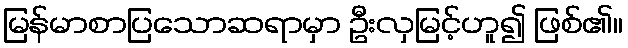
မြန်မာစာပြသောဆရာမှာ ဦးလှမြင့်ဟူ၍ ဖြစ်၏။